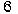
6